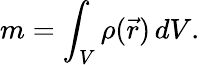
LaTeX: m=\int_{V}\rho({\vec{r}})\, dV.